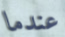
عندما